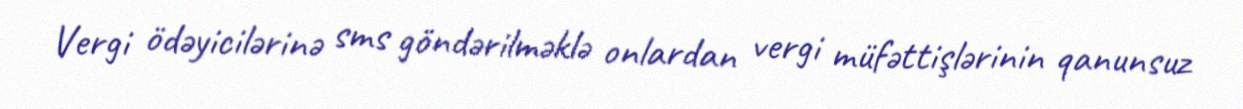
Vergi ödəyicilərinə sms göndərilməklə onlardan vergi müfəttişlərinin qanunsuz